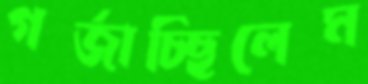
গর্জাচ্ছিলেম